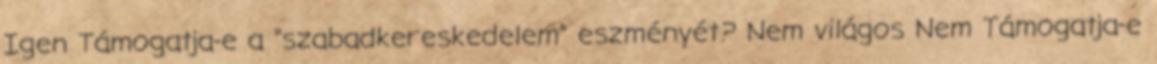
Igen Támogatja-e a “szabadkereskedelem” eszményét? Nem világos Nem Támogatja-e